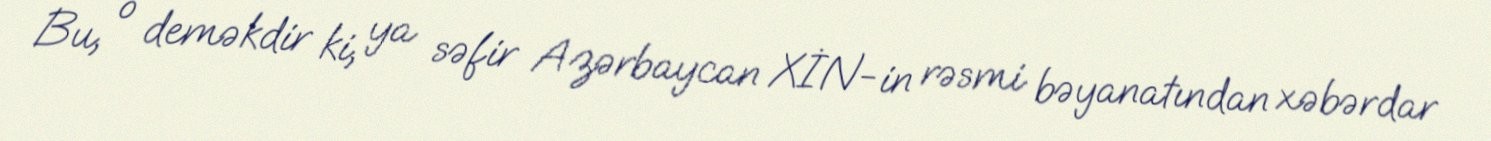
Bu, o deməkdir ki, ya səfir Azərbaycan XİN-in rəsmi bəyanatından xəbərdar